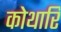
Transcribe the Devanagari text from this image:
कोथारि